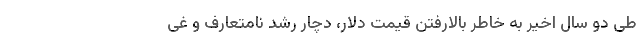
طی دو سال اخیر به خاطر بالارفتن قیمت دلار، دچار رشد نامتعارف و غی